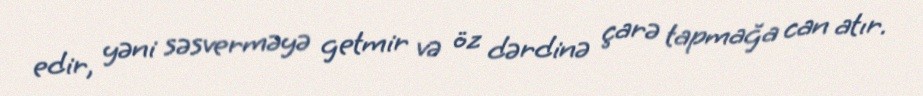
edir, yəni səsverməyə getmir və öz dərdinə çarə tapmağa can atır.